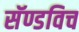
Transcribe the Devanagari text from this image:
सॅण्डविच